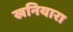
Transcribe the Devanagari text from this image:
खनियारा